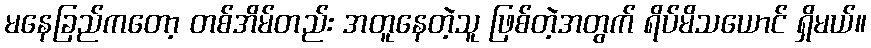
မနေခြည်ကတော့ တစ်အိမ်တည်း အတူနေတဲ့သူ ဖြစ်တဲ့အတွက် ရိပ်မိသယောင် ရှိမယ်။